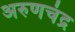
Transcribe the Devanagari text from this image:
अरुणचंद्र